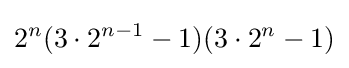
\displaystyle 2^{n}(3\cdot 2^{n-1}-1)(3\cdot 2^{n}-1)